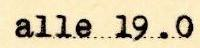
alle 19.0